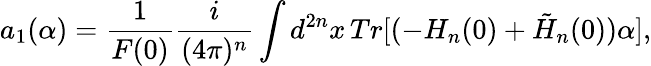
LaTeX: a_{1}(\alpha)=\frac{1}{F(0)}\frac{i}{(4\pi)^{n}}\int d^{2n}x\, Tr[(-H_{n}(0)+\tilde{H}_{n}(0))\alpha],